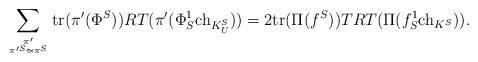
LaTeX: \begin{align*} \sum_{\pi'\atop{\pi'^S \cong \pi^S}} \mathrm{tr}(\pi'(\Phi^S))RT(\pi'(\Phi^1_S\mathrm{ch}_{K^S_U}))= 2 \mathrm{tr}(\Pi(f^S))TRT(\Pi(f_S^1\mathrm{ch}_{K^S})).\end{align*}